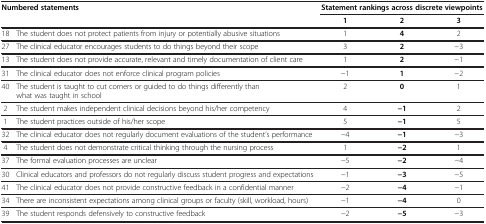
<table><thead><tr><td colspan="2"><b>Numbered statements</b></td><td colspan="3"><b>Statement rankings across discrete viewpoints</b></td></tr><tr><td colspan="2"><b> </b></td><td><b>1</b></td><td><b>2</b></td><td><b>3</b></td></tr></thead><tbody><tr><td>18</td><td>The student does not protect patients from injury or potentially abusive situations</td><td>1</td><td><b>4</b></td><td>2</td></tr><tr><td>27</td><td>The clinical educator encourages students to do things beyond their scope</td><td>3</td><td><b>2</b></td><td>−3</td></tr><tr><td>13</td><td>The student does not provide accurate, relevant and timely documentation of client care</td><td>1</td><td><b>2</b></td><td>−1</td></tr><tr><td>31</td><td>The clinical educator does not enforce clinical program policies</td><td>−1</td><td><b>1</b></td><td>−2</td></tr><tr><td>40</td><td>The student is taught to cut corners or guided to do things differently than what was taught in school</td><td>2</td><td><b>0</b></td><td>1</td></tr><tr><td>2</td><td>The student makes independent clinical decisions beyond his/her competency</td><td>4</td><td><b>−1</b></td><td>2</td></tr><tr><td>1</td><td>The student practices outside of his/her scope</td><td>5</td><td><b>−1</b></td><td>5</td></tr><tr><td>32</td><td>The clinical educator does not regularly document evaluations of the student’s performance</td><td>−4</td><td><b>−1</b></td><td>−3</td></tr><tr><td>4</td><td>The student does not demonstrate critical thinking through the nursing process</td><td>1</td><td><b>−2</b></td><td>1</td></tr><tr><td>37</td><td>The formal evaluation processes are unclear</td><td>−5</td><td><b>−2</b></td><td>−4</td></tr><tr><td>30</td><td>Clinical educators and professors do not regularly discuss student progress and expectations</td><td>−1</td><td><b>−3</b></td><td>−5</td></tr><tr><td>41</td><td>The clinical educator does not provide constructive feedback in a confidential manner</td><td>−2</td><td><b>−4</b></td><td>−1</td></tr><tr><td>34</td><td>There are inconsistent expectations among clinical groups or faculty (skill, workload, hours)</td><td>−1</td><td><b>−4</b></td><td>0</td></tr><tr><td>39</td><td>The student responds defensively to constructive feedback</td><td>−2</td><td><b>−5</b></td><td>−3</td></tr></tbody></table>